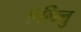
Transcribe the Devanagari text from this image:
एलिनु